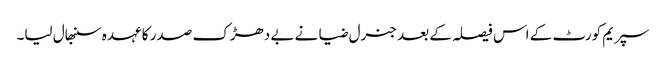
سپریم کورٹ کے اس فیصلہ کے بعد جنرل ضیا نے بے دھڑک صدر کا عہدہ سنبھال لیا۔